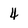
Character: 4